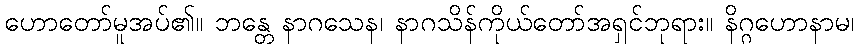
ဟောတော်မူအပ်၏။ ဘန္တေ နာဂသေန၊ နာဂသိန်ကိုယ်တော်အရှင်ဘုရား။ နိဂ္ဂဟောနာမ၊